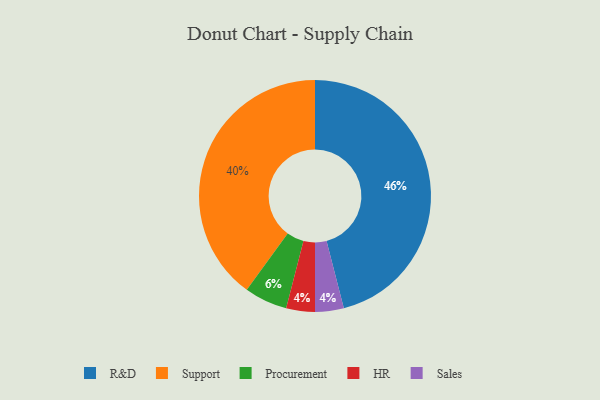
{"axis": {"x": "Category", "y": "Percentage"}, "legend": ["HR", "Procurement", "R&D", "Sales", "Support"], "data": [{"x": "Support", "y": 40, "type": "Support"}, {"x": "HR", "y": 4, "type": "HR"}, {"x": "Sales", "y": 4, "type": "Sales"}, {"x": "R&D", "y": 46, "type": "R&D"}, {"x": "Procurement", "y": 6, "type": "Procurement"}]}